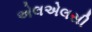
એલએલસી